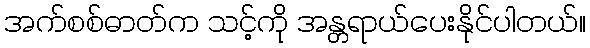
အက်စစ်ဓာတ်က သင့်ကို အန္တရာယ်ပေးနိုင်ပါတယ်။